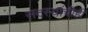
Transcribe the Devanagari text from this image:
सदस्यांचीही